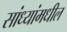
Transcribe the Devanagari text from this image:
सांध्यांमधील